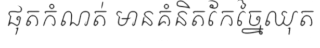
ផុតកំណត់ មានគំនិតកែច្នៃឈុត